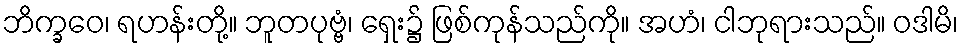
ဘိက္ခဝေ၊ ရဟန်းတို့။ ဘူတပုဗ္ဗံ၊ ရှေး၌ ဖြစ်ကုန်သည်ကို။ အဟံ၊ ငါဘုရားသည်။ ဝဒါမိ၊